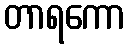
တာရကော